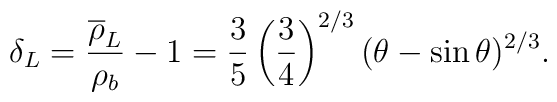
\delta_L = {\overline \rho_L \over \rho_b}-1={3 \over 5}\left({3 \over 4}\right)^{2/3}(\theta - \sin \theta)^{2/3}.